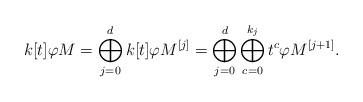
LaTeX: \begin{align*}k[t]\varphi M=\bigoplus_{j=0}^dk[t]\varphi M^{[j]}=\bigoplus_{j=0}^d\bigoplus_{c=0}^{k_j}t^c\varphi M^{[j+1]}.\end{align*}